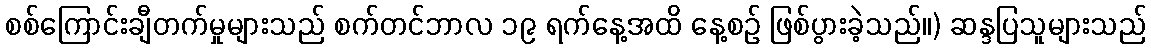
စစ်ကြောင်းချီတက်မှုများသည် စက်တင်ဘာလ ၁၉ ရက်နေ့အထိ နေ့စဉ် ဖြစ်ပွားခဲ့သည်။) ဆန္ဒပြသူများသည်